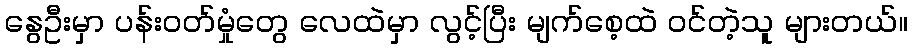
နွေဦးမှာ ပန်းဝတ်မှုံတွေ လေထဲမှာ လွင့်ပြီး မျက်စေ့ထဲ ဝင်တဲ့သူ များတယ်။